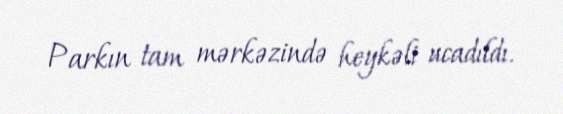
Parkın tam mərkəzində heykəli ucadıldı.